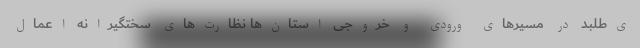
ی‌طلبد در مسیرهای ورودی و خروجی استان‌ها نظارت‌های سختگیرانه اعمال